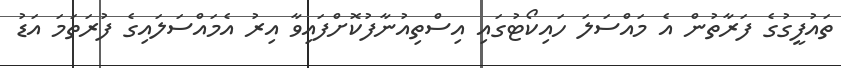
ތައުފީގުގެ ފަރާތުން އެ މައްސަލަ ހައިކޯޓުގައި އިސްތިއުނާފުކޮށްފައިވާ އިރު އެމައްސަލައިގެ ފުރަތަމަ އަޑު